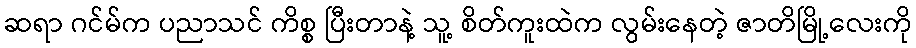
ဆရာ ဂင်မ်က ပညာသင် ကိစ္စ ပြီးတာနဲ့ သူ့ စိတ်ကူးထဲက လွမ်းနေတဲ့ ဇာတိမြို့လေးကို